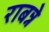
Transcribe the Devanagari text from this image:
राबन्ने